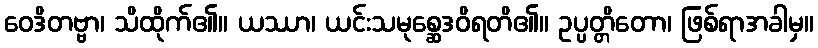
ဝေဒိတဗ္ဗာ၊ သိထိုက်၏။ ယဿာ၊ ယင်းသမုစ္ဆေဒဝိရတိ၏။ ဥပ္ပတ္တိတော၊ ဖြစ်ရာအခါမှ။